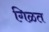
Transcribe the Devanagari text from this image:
गिळत